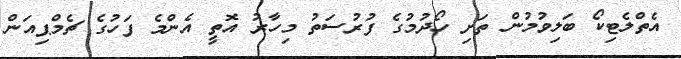
އެތްލެޓިކޯ ބަލިވުމުން ތަށި ހޯދުމުގެ ފުރުސަތު މިހާރު އޮތީ އެންމެ ފަހުގެ ޗެމްޕިއަން